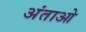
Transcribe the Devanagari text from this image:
अंताओ